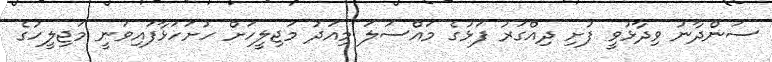
ސަންދާނު ވިދާޅުވީ ފުށި ދިއްގަރު ފަޅުގެ މައްސަލަ މިއަދު މަޖިލީހަށް ހުށަހަޅާފައިވަނީ މަޖިލީހުގެ